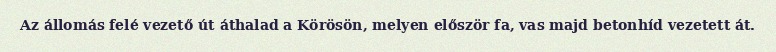
Az állomás felé vezető út áthalad a Körösön, melyen először fa, vas majd betonhíd vezetett át.